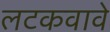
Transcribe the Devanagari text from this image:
लटकवावे